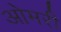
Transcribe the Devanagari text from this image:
ओमरी